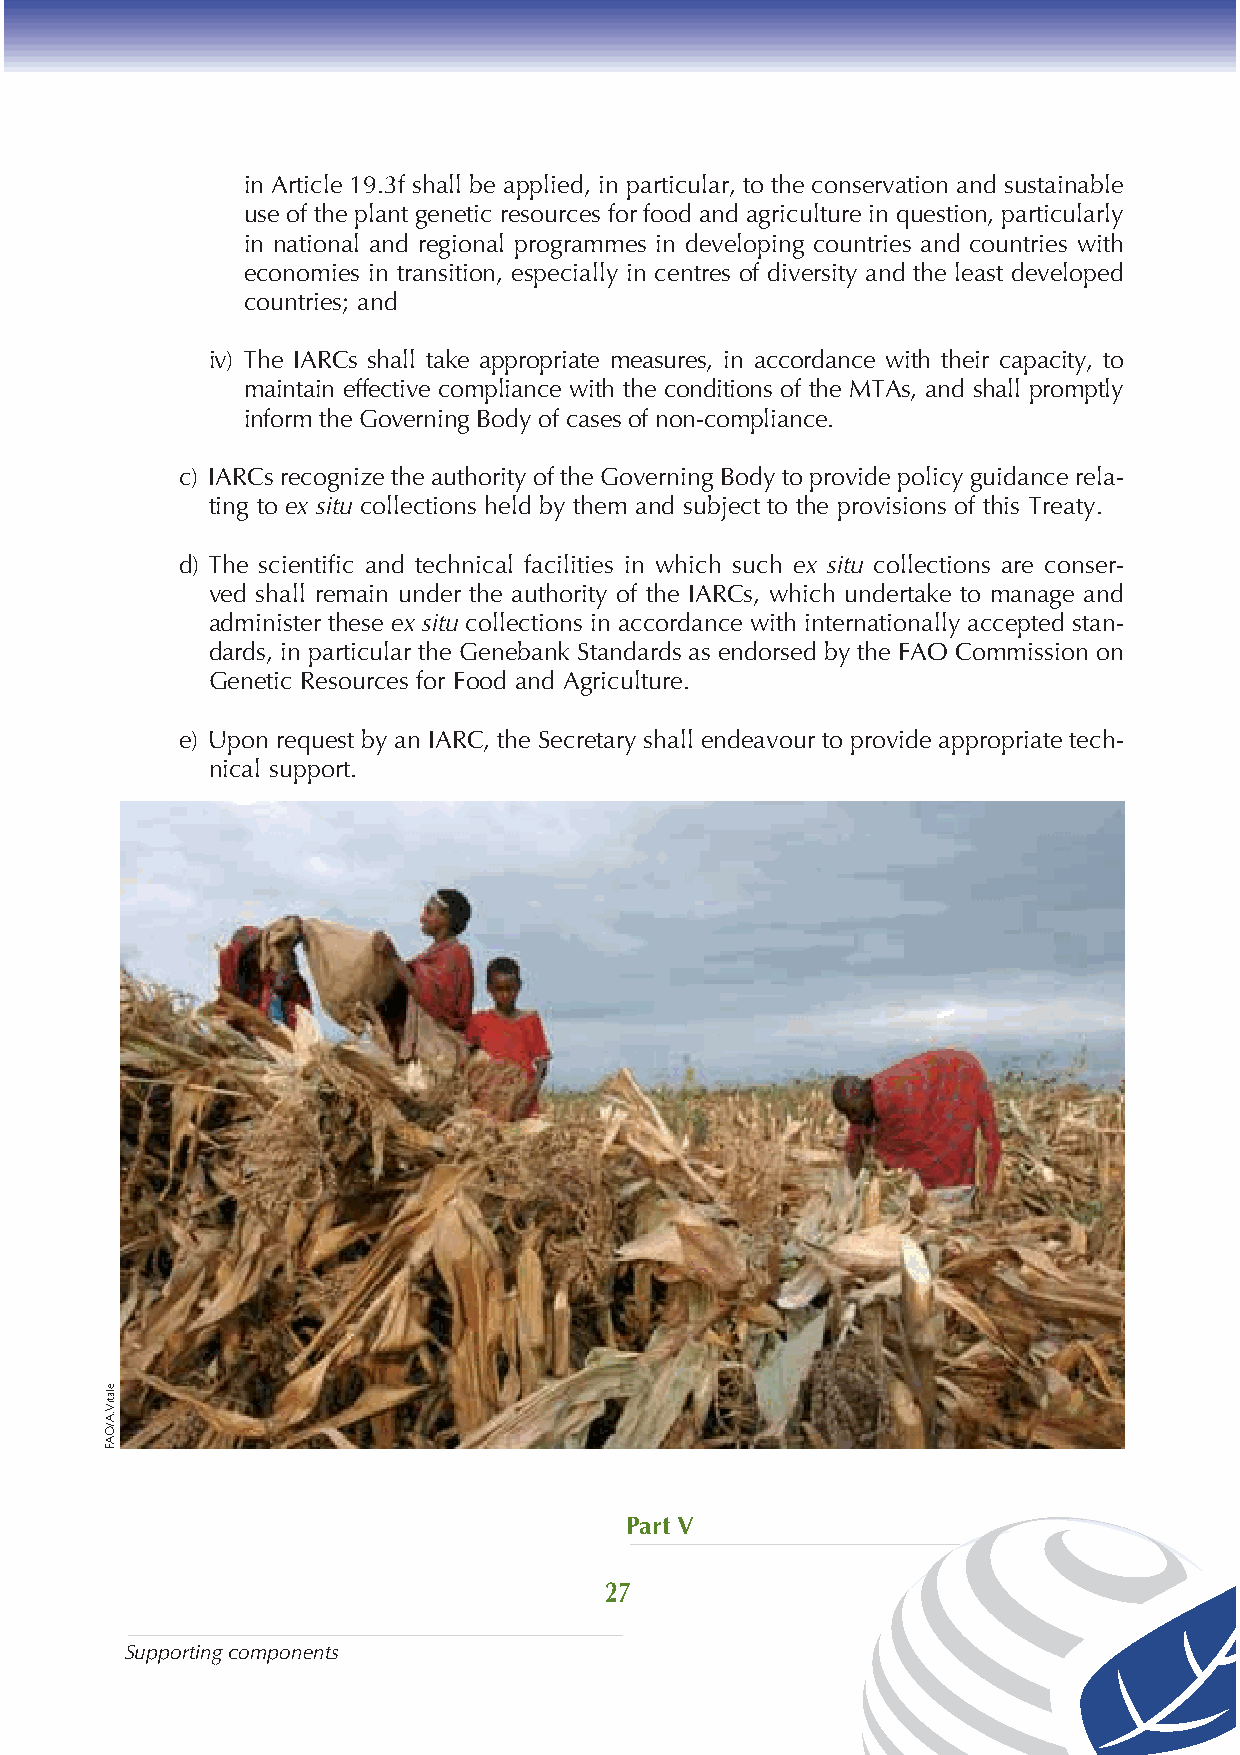
in Article 19.3f shall be applied, in particular, to the conservation and sustainable
 use of the plant genetic resources for food and agriculture in question, particularly
 in national and regional programmes in developing countries and countries with
 economies in transition, especially in centres of diversity and the least developed
 countries; and
 iv) The IARCs shall take appropriate measures, in accordance with their capacity, to
 maintain effective compliance with the conditions of the MTAs, and shall promptly
 inform the Governing Body of cases of non-compliance.
 c) IARCs recognize the authority of the Governing Body to provide policy guidance rela-
 ting to ex situ collections held by them and subject to the provisions of this Treaty.
 d) The scientific and technical facilities in which such ex situ collections are conser-
 ved shall remain under the authority of the IARCs, which undertake to manage and
 administer these ex situ collections in accordance with internationally accepted stan-
 dards, in particular the Genebank Standards as endorsed by the FAO Commission on
 Genetic Resources for Food and Agriculture.
 e) Upon request by an IARC, the Secretary shall endeavour to provide appropriate tech-
 nical support.
 Part V
 27
 Supporting components
 elatiV
 .A/OAF